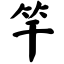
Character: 竿